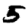
Digit: 5